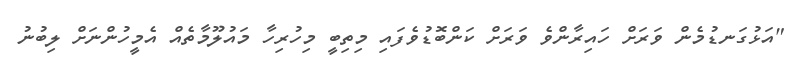
"އަޅުގަނޑުމެން ވަރަށް ހައިރާންވެ ވަރަށް ކަންބޮޑުވެފައި މިތިބީ މިހުރިހާ މައުލޫމާތެއް އެމީހުންނަށް ލިބުނު